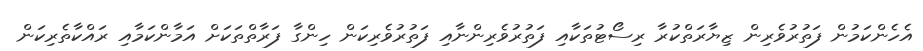
އެހެންކަމުން ފަތުރުވެރިން ޒިޔާރަތްކުރާ ރިސޯޓުތަކާއި ފަތުރުވެރިންނާއި ފަތުރުވެރިކަން ހިންގާ ފަރާތްތަކަށް އަމާންކަމާއި ރައްކާތެރިކަން